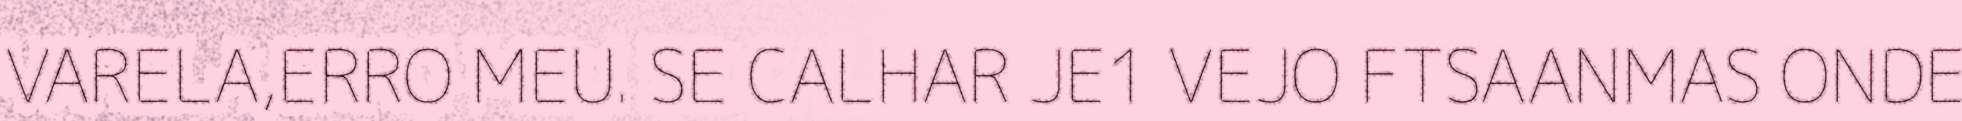
VARELA,ERRO MEU. SE CALHAR JE1 VEJO FTSAANMAS ONDE